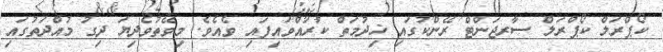
ކޯޕްރަލް ކޯޕްރަލް ސާރޖަންޓް ރޭންކުގައި ޚިދުމަތް ކުރައްވައިފައި ވެއެވެ. މިވޭތުވެދިޔަ ދިގު މުއްދަތުގައި